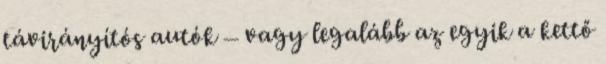
távirányítós autók – vagy legalább az egyik a kettő